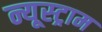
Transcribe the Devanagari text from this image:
न्यूस्ट्राम